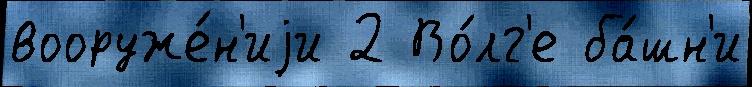
вооруже́н'иjи 2 Во́лг'е ба́шн'и